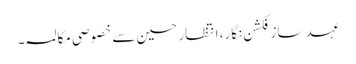
عہد ساز فکشن نگار، انتظار حسین سے خصوصی مکالمہ ۔